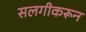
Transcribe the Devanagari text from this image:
सलगीकरून